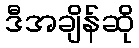
ဒီအချိန်ဆို